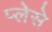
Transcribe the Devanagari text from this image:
प्लेसे